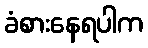
ခံစားနေရပါက